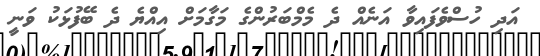
އަދި ހުސްވެފައިވާ އަނެއް ދެ މެމްބަރުންގެ މަގާމަށް އިއްޔެ ދެ ބޭފުޅަކު ވަނީ